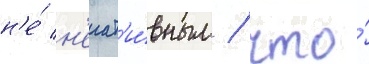
н'е́ н'егат'и́вным / что́